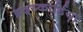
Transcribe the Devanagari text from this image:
ब्रद्य्कार्डिया